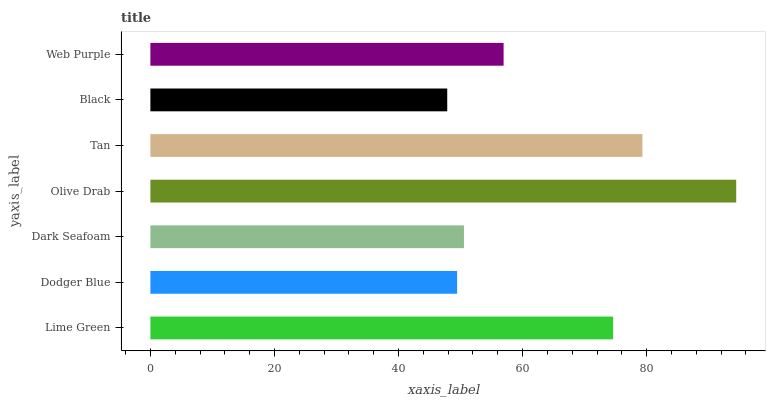
| yaxis_label | bars |
 | --- | --- |
 | Lime Green | 74.6 |
 | Dodger Blue | 49.4 |
 | Dark Seafoam | 50.6 |
 | Olive Drab | 94.4 |
 | Tan | 79.3 |
 | Black | 47.9 |
 | Web Purple | 56.9 |